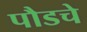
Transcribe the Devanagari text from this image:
पौडचे